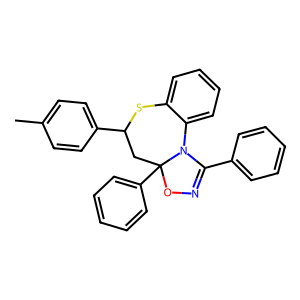
SMILES: Cc1ccc(C2CC3(c4ccccc4)ON=C(c4ccccc4)N3c3ccccc3S2)cc1
Inhibits HIV replication: No